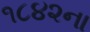
૧૮૪૨ના